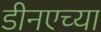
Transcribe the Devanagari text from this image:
डीनएच्या